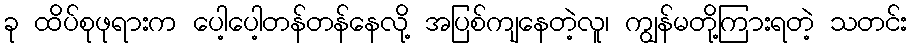
ခု ထိပ်စုဖုရားက ပေါ့ပေါ့တန်တန်နေလို့ အပြစ်ကျနေတဲ့လူ၊ ကျွန်မတို့ကြားရတဲ့ သတင်း